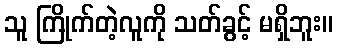
သူ ကြိုက်တဲ့လူကို သတ်ခွင့် မရှိဘူး။